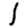
Digit: 1